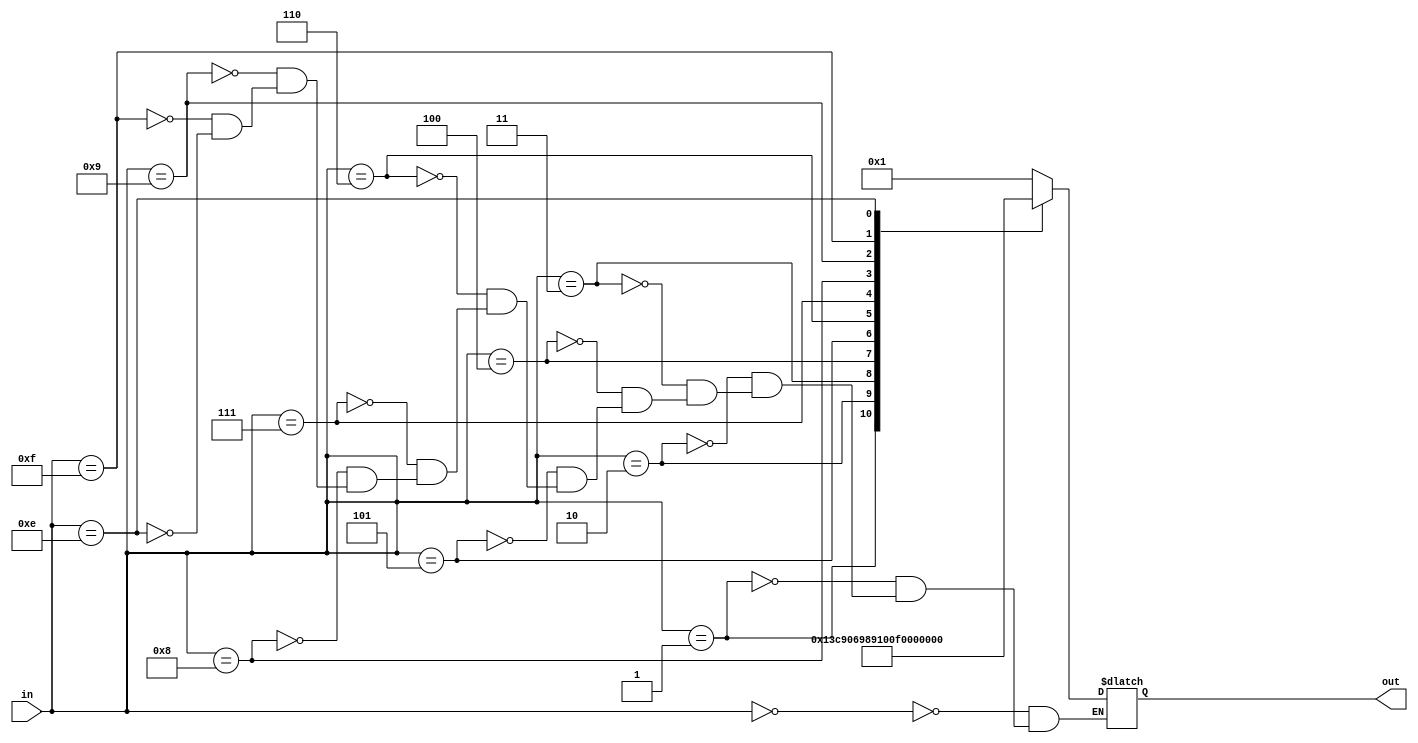
`timescale 1ns / 1ps
//////////////////////////////////////////////////////////////////////////////////
// Company: 
// Engineer: 
// 
// Design Name: 
// Module Name: SSD_ones
// Project Name: 
// Target Devices: 
// Tool Versions: 
// Description: 
// 
// Dependencies: 
// 
// Revision:
// Revision 0.01 - File Created
// Additional Comments:
// 
//////////////////////////////////////////////////////////////////////////////////


module SSD_0(in,out);
input [3:0] in;
output [6:0] out;
reg [6:0] out;
always@(in) begin
              case(in)            
              4'b0000: out<=7'b0000001; 
              4'b0001: out<=7'b1001111;                            
              4'b0010: out<=7'b0010010;                               
              4'b0011: out<=7'b0000110;                               
              4'b0100: out<=7'b1001100;                               
              4'b0101: out<=7'b0100100;                                                        
              4'b0110: out<=7'b0100000;                              
              4'b0111: out<=7'b0001111;                               
              4'b1000: out<=7'b0000000;                              
              4'b1001: out<=7'b0000100;  
              4'b1111: out<=7'b1111111;      
              4'b1110: out<=7'b1111110;                 
              
endcase
end
endmodule